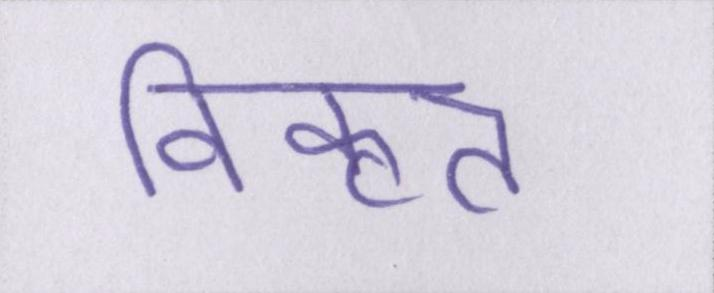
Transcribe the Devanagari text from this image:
विकृत